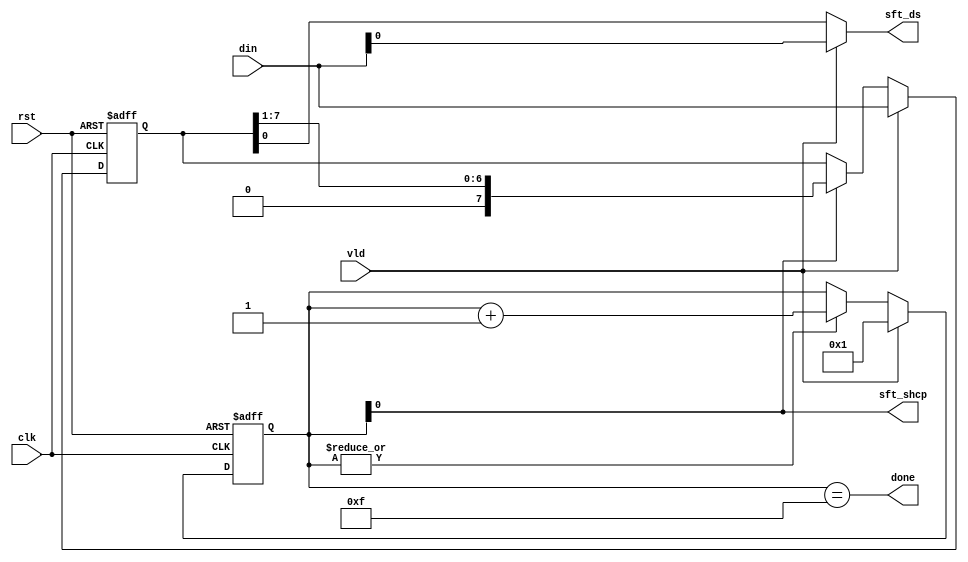
module led_shift(
input        clk      ,
input        rst      ,
input        vld      ,
input  [7:0] din      ,
output       done     ,

output       sft_shcp ,
output       sft_ds    
);

//--------------------------------------------------
// shcp counter
//--------------------------------------------------
reg [3:0] shcp_cnt ;
always @ ( posedge clk or posedge rst) begin
	if( rst )
		shcp_cnt <= 0 ;
	else if( vld )
		shcp_cnt <= 1 ;
	else if( |shcp_cnt )
		shcp_cnt <= shcp_cnt + 1 ;
end

assign sft_shcp = shcp_cnt[0] ;

reg [7:0] data ;
always @ ( posedge clk or posedge rst) begin
	if(rst)
		data <= 8'b0;
	else if( vld )
		data <= din ;
	else if( shcp_cnt[0] )
		data <= data >> 1 ;
end

assign sft_ds = vld ? din[0] : data[0] ;

//--------------------------------------------------
// done
//--------------------------------------------------
assign done = shcp_cnt == 4'd15 ;

endmodule